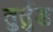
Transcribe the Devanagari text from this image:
तुर्तुड